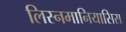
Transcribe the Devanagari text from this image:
लिस्नमानियासिस